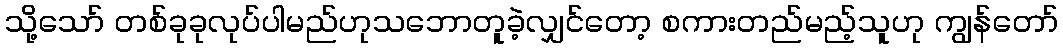
သို့သော် တစ်ခုခုလုပ်ပါမည်ဟုသဘောတူခဲ့လျှင်တော့ စကားတည်မည့်သူဟု ကျွန်တော်